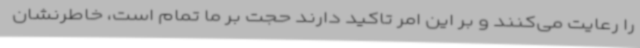
را رعایت می‌کنند و بر این امر تاکید دارند حجت بر ما تمام است، خاطرنشان